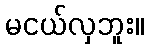
မငယ်လှဘူး။